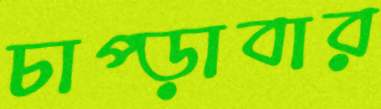
চাপ্‌ড়াবার